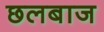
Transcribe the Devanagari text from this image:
छलबाज